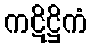
ကဋိဋ္ဌိကံ